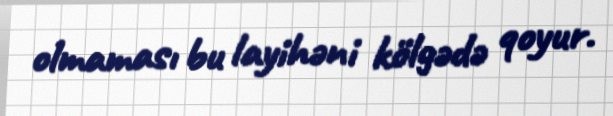
olmaması bu layihəni kölgədə qoyur.